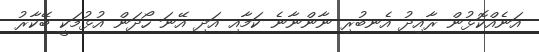
އަނެއްކޮޅުން ރާއިދު އެނބުރި ނާންނާނެ ކަމާއި އަދި އޭނަ ހޯދަން އުޅުމަކީ ބޭކާރު